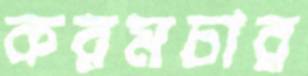
করমচার